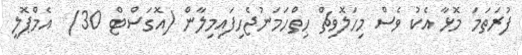
ފުރަތަމަ މޮޅާ އެކު ވެސް މިހަލޮވިޗް ހިތްހަމަނުޖެހިފައިމިލާން (އޮގަސްޓް 30)  އެމްޕޮލީ